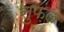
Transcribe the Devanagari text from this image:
सुफ़ल